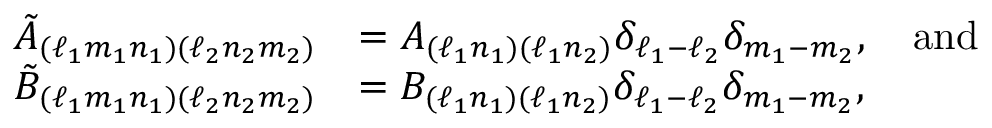
\begin{array} { r l } { \tilde { A } _ { ( \ell _ { 1 } m _ { 1 } n _ { 1 } ) ( \ell _ { 2 } n _ { 2 } m _ { 2 } ) } } & { = A _ { ( \ell _ { 1 } n _ { 1 } ) ( \ell _ { 1 } n _ { 2 } ) } \delta _ { \ell _ { 1 } - \ell _ { 2 } } \delta _ { m _ { 1 } - m _ { 2 } } , \quad \mathrm { a n d } } \\ { \tilde { B } _ { ( \ell _ { 1 } m _ { 1 } n _ { 1 } ) ( \ell _ { 2 } n _ { 2 } m _ { 2 } ) } } & { = B _ { ( \ell _ { 1 } n _ { 1 } ) ( \ell _ { 1 } n _ { 2 } ) } \delta _ { \ell _ { 1 } - \ell _ { 2 } } \delta _ { m _ { 1 } - m _ { 2 } } , } \end{array}